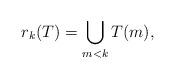
LaTeX: \begin{align*}r_k(T)=\bigcup_{m<k}T(m),\end{align*}